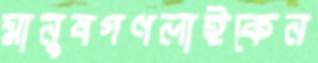
মানুষগণলাইকেন